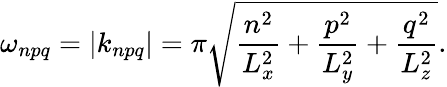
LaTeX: \omega_{npq}=|k_{npq}|=\pi\sqrt{\frac{n^{2}}{L_{x}^{2}}+\frac{p^{2}}{L_{y}^{2}}+\frac{q^{2}}{L_{z}^{2}}}.